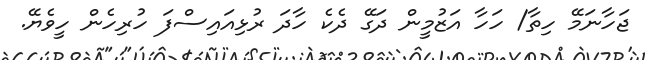
ޖަހާނަމޭ ހިތާ/ ހަހާ އަޒުމީން ދަގޭ ދެކެ ހާދަ ރުޅިއައިސްފަ ހުރިހެން ހީވެޔޭ.